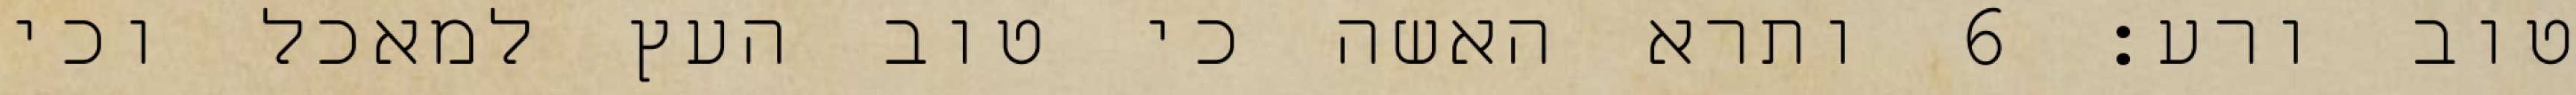
טוב ורע׃ ‎6‏ ותרא האשה כי טוב העץ למאכל וכי